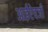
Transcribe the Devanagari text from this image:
आईऐवजी